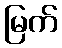
မြက်